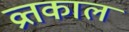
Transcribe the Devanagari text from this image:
व्रतकाल